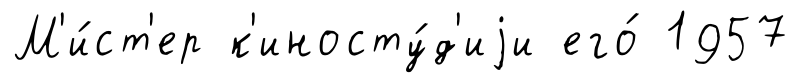
М'и́ст'ер к'иносту́д'иjи его́ 1957